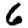
Digit: 6